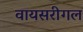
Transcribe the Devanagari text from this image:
वायसरीगल